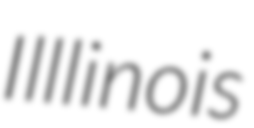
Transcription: Illlinois